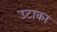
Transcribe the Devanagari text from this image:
उटाका